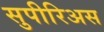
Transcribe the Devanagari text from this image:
सुपीरिअस